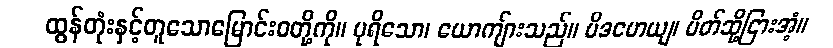
ထွန်တုံးနှင့်တူသောမြောင်းဝတို့ကို။ ပုရိသော၊ ယောကျ်ားသည်။ ပိဒဟေယျ၊ ပိတ်ဆို့ငြားအံ့။